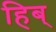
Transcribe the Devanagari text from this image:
हिब्